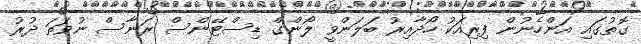
ގޮތުގައި އަންހެނުން ފިރިއަކު ހޯދާއިރު ބަލަންވީ ލޯންގް ޑިސްޓޭންސް ރަނާސް ނުވަތަ ދުރު